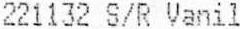
221132 S/R VANIL